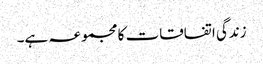
زندگی اتفاقات کا مجموعہ ہے۔